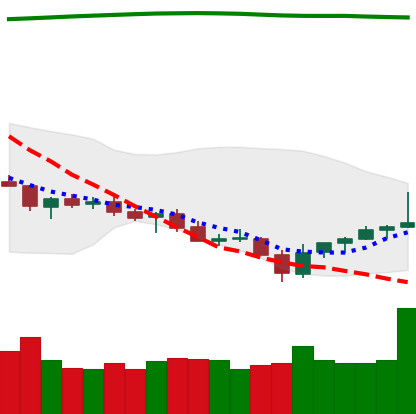
Ticker: TRX-USD
Chart end date: 2021-07-26
Forward return: 9.463%
Label: up_7plus